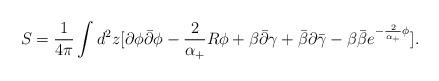
LaTeX: \begin{align*}S=\frac 1{4\pi }\int d^2z [\partial \phi \bar \partial \phi -\frac2{\alpha_{+}}R\phi +\beta \bar \partial \gamma +\bar \beta \partial \bar \gamma-\beta \bar \beta e^{-\frac 2{\alpha _{+}}\phi }]. \end{align*}